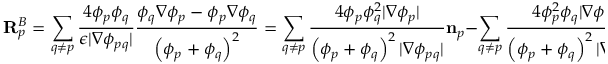
\mathbf { R } _ { p } ^ { B } = \sum _ { q \neq p } \frac { 4 \phi _ { p } \phi _ { q } } { \epsilon | \nabla \phi _ { p q } | } \frac { \phi _ { q } \nabla \phi _ { p } - \phi _ { p } \nabla \phi _ { q } } { \left( \phi _ { p } + \phi _ { q } \right) ^ { 2 } } = \sum _ { q \neq p } \frac { 4 \phi _ { p } \phi _ { q } ^ { 2 } | \nabla \phi _ { p } | } { \left( \phi _ { p } + \phi _ { q } \right) ^ { 2 } | \nabla \phi _ { p q } | } \mathbf { n } _ { p } - \sum _ { q \neq p } \frac { 4 \phi _ { p } ^ { 2 } \phi _ { q } | \nabla \phi _ { q } | } { \left( \phi _ { p } + \phi _ { q } \right) ^ { 2 } | \nabla \phi _ { p q } | } \mathbf { n } _ { q } .